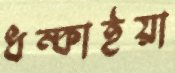
ধম্‌কাইয়া